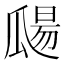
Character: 㼒